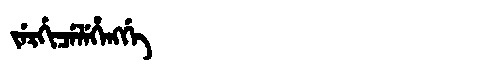
Manchu: ᠵᡝᡵᡤᡳᠴᡝᠯᡝᡥᡝᠩᡤᡝ
Romanization: JERGICELEHENGGE